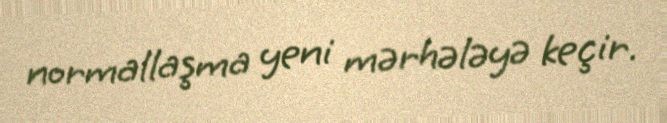
normallaşma yeni mərhələyə keçir.